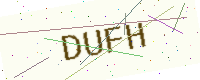
Text: DUFH